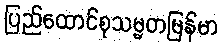
ပြည်ထောင်စုသမ္မတမြန်မာ